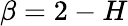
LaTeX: \beta=2-H